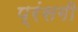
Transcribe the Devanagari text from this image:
प्रंसगी